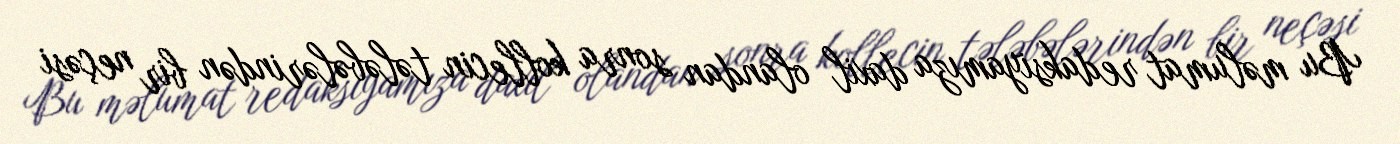
Bu məlumat redaksiyamıza daxil olandan sonra kollecin tələbələrindən bir neçəsi